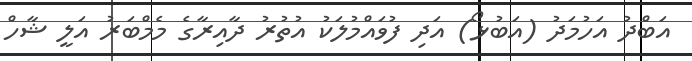
އަބްދު އަހުމަދު (އަބުޅޯ) އަދި ފުވައްމުލަކު އުތުރު ދާއިރާގެ މެމްބަރު އަލީ ޝާހް